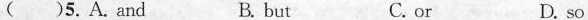
( )5. A. and B. but C. or D. so